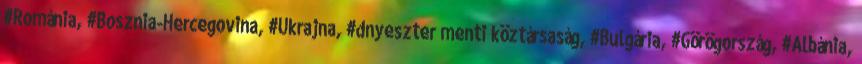
#Románia, #Bosznia-Hercegovina, #Ukrajna, #dnyeszter menti köztársaság, #Bulgária, #Görögország, #Albánia,